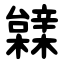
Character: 䢄